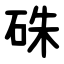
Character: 硃